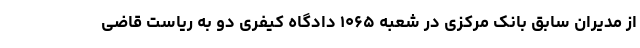
از مدیران سابق بانک مرکزی در شعبه ۱۰۶۵ دادگاه کیفری دو به ریاست قاضی